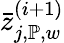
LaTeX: \bar{z}_{j,\mathbb{P},w}^{(i+1)}